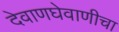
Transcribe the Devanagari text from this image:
देवाणघेवाणीचा